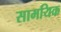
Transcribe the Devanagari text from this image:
सामयिक